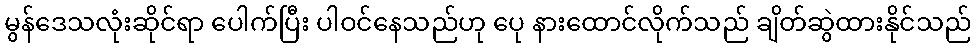
မွန်ဒေသလုံးဆိုင်ရာ ပေါက်ပြီး ပါဝင်နေသည်ဟု ပေု နားထောင်လိုက်သည် ချိတ်ဆွဲထားနိုင်သည်